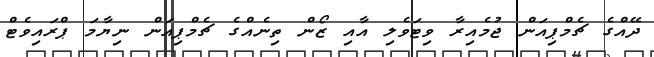
ދޭއްގެ ޗެމްޕިއަން ޖުމެއިރާ ވިޓަވެލި އާއި ޒޯން ތިނެއްގެ ޗެމްޕިއަން ނިޔާމަ ޕްރައިވެޓް